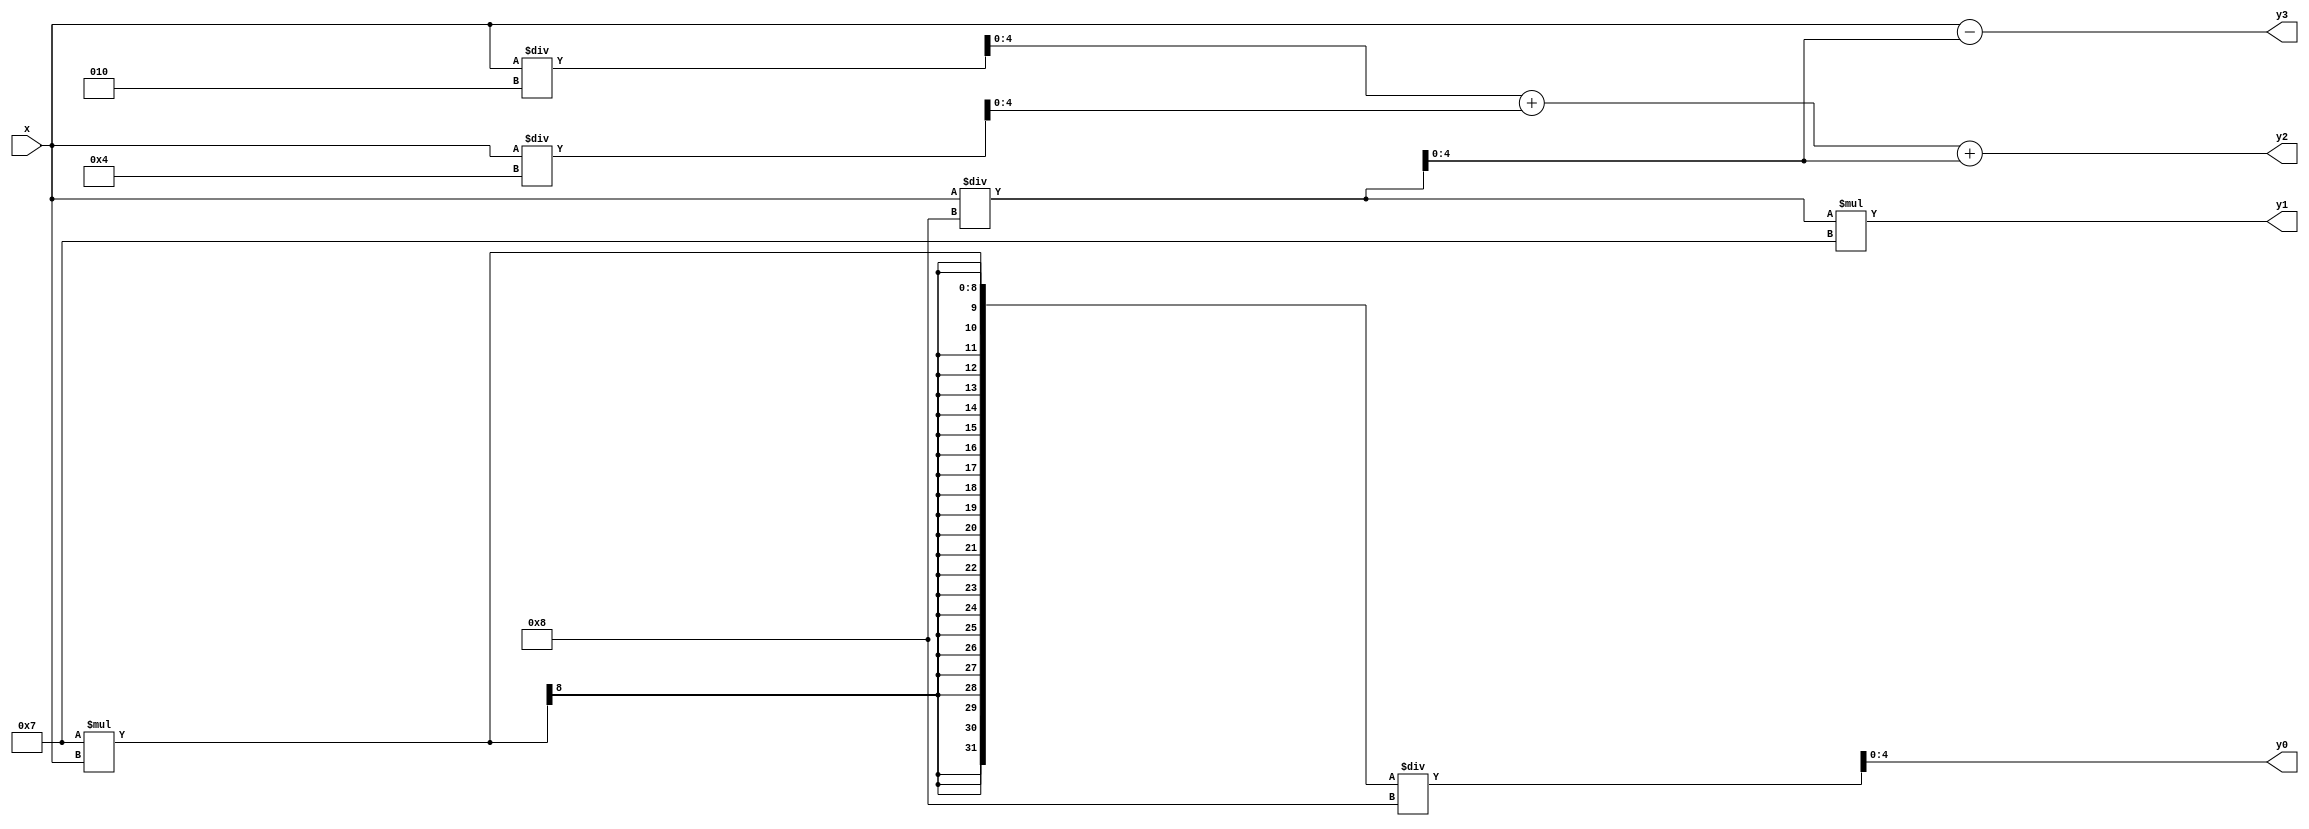
//*********************************************************
// IEEE STD 1364-2001 Verilog file: cmul7p8.v 
// Author-EMAIL: Uwe.Meyer-Baese@ieee.org
//*********************************************************
module cmul7p8                     // ------> Interface
  (input  signed [4:0] x,          // System input
   output signed [4:0] y0, y1, y2, y3);
                            // The 4 system outputs y=7*x/8
// --------------------------------------------------------
  assign y0 = 7 * x / 8;
  assign y1 = x / 8 * 7;
  assign y2 = x/2 + x/4 + x/8;
  assign y3 = x - x/8;

endmodule